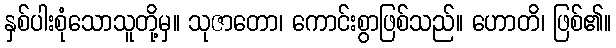
နှစ်ပါးစုံသောသူတို့မှ။ သုဇာတော၊ ကောင်းစွာဖြစ်သည်။ ဟောတိ၊ ဖြစ်၏။